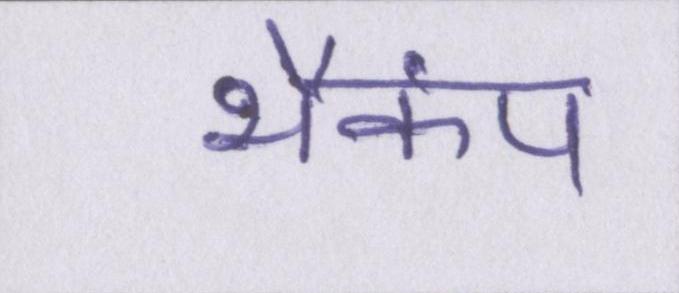
भैकंप